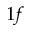
1 f